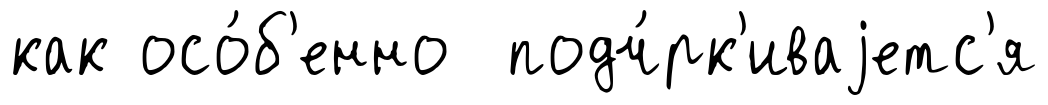
как осо́б'енно подч́рк'иваjетс'я